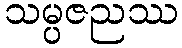
သမ္ပဇညဿ